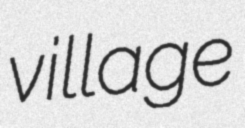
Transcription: village